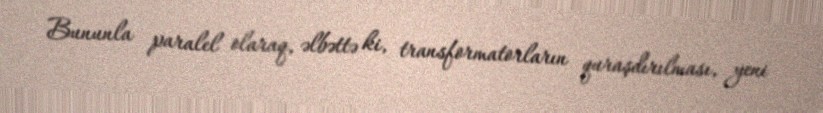
Bununla paralel olaraq, əlbəttə ki, transformatorların quraşdırılması, yeni